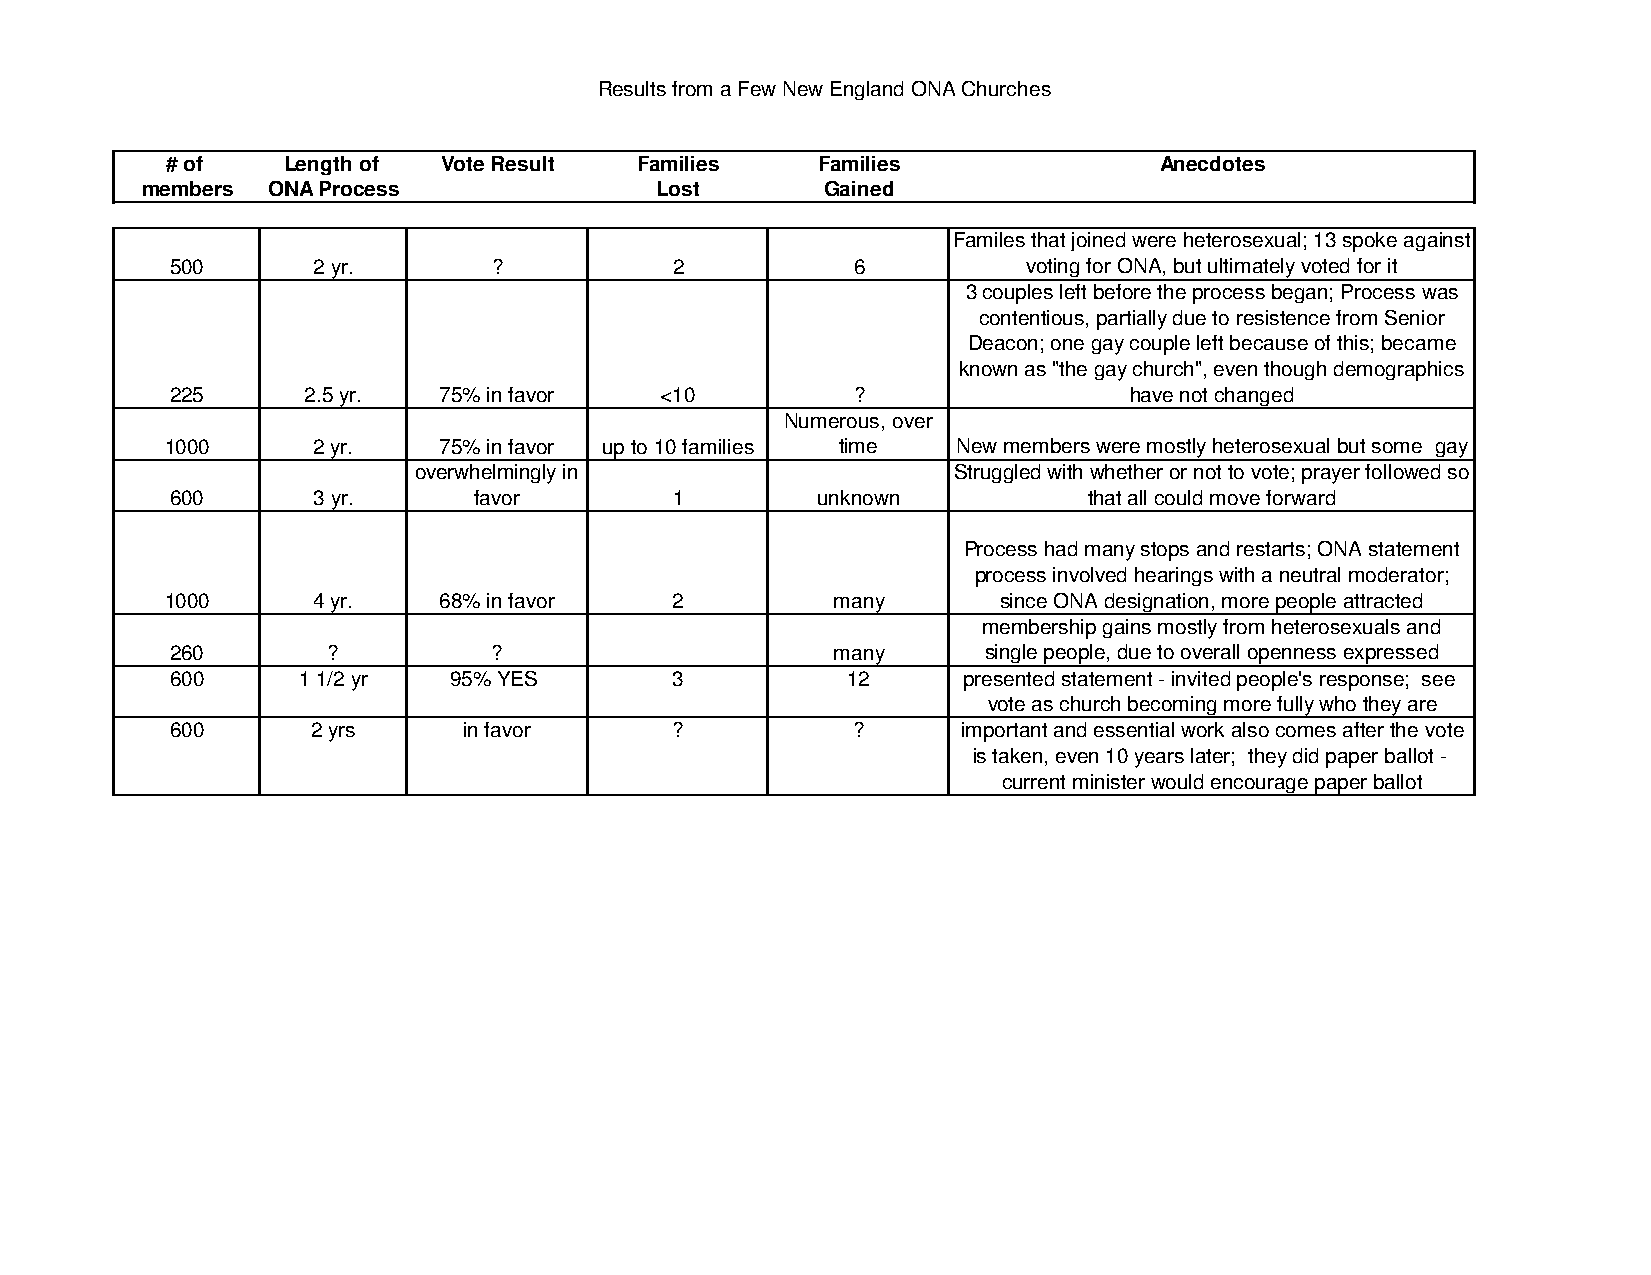
Results from a Few New England ONA Churches
 # of    Length of Vote Result  Families    Families               Anecdotes
 members  ONA Process              Lost        Gained
 Familes that joined were heterosexual; 13 spoke against
 500       2 yr.       ?           2          6           voting for ONA, but ultimately voted for it
 3 couples left before the process began; Process was
 contentious, partially due to resistence from Senior
 Deacon; one gay couple left because of this; became
 known as "the gay church", even though demographics
 225      2.5 yr.  75% in favor   <10         ?                  have not changed
 Numerous, over
 1000      2 yr.   75% in favor up to 10 families time New members were mostly heterosexual but some gay
 overwhelmingly in                   Struggled with whether or not to vote; prayer followed so
 600       3 yr.     favor         1        unknown           that all could move forward
 Process had many stops and restarts; ONA statement
 process involved hearings with a neutral moderator;
 1000      4 yr.   68% in favor    2         many       since ONA designation, more people attracted
 membership gains mostly from heterosexuals and
 260        ?          ?                     many      single people, due to overall openness expressed
 600      1 1/2 yr  95% YES        3          12      presented statement - invited people's response; see
 vote as church becoming more fully who they are
 600       2 yrs     in favor      ?          ?       important and essential work also comes after the vote
 is taken, even 10 years later; they did paper ballot -
 current minister would encourage paper ballot